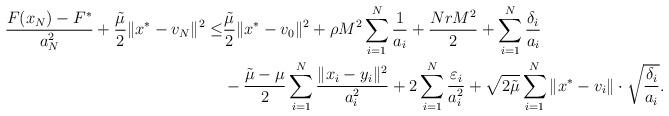
LaTeX: \begin{align*}\frac{F(x_{N})-F^*}{a_N^2}+\frac{\tilde \mu}{2}\|x^*-v_N\|^2\leq &\frac{\tilde\mu}{2}\|x^*-v_0\|^2+\rho M^2\sum_{i=1}^N\frac{1}{a_i} +\frac{NrM^2}{2}+\sum^N_{i=1}\frac{\delta_i}{a_i}\\&-\frac{\tilde\mu-\mu}{2}\sum_{i=1}^N\frac{\|x_i-y_i\|^2}{a_i^2}+2\sum_{i=1}^N\frac{\varepsilon_i}{a_i^2}+\sqrt{2\tilde\mu}\sum_{i=1}^N \|x^*-v_{i}\|\cdot\sqrt{\frac{\delta_i}{a_i}}.\end{align*}